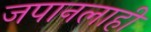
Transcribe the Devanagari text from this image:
जपानलाही